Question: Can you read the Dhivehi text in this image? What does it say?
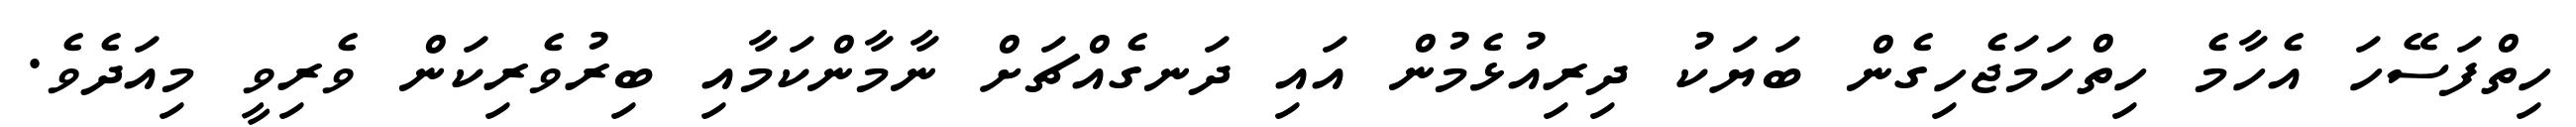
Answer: ހިތްފަސޭހަ އެހާމެ ހިތްހަމަޖެހިގެން ބަޔަކު ދިރިއުޅެމުން އައި ދަނގެއްޗަށް ނާމާންކަމާއި ބިރުވެރިކަން ވެރިވީ މިއަދެވެ.